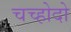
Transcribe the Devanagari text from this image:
चच्होदो